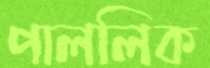
পাললিক